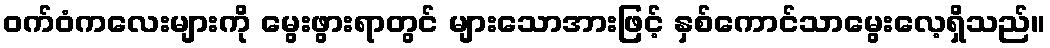
ဝက်ဝံကလေးများကို မွေးဖွားရာတွင် များသောအားဖြင့် နှစ်ကောင်သာမွေးလေ့ရှိသည်။